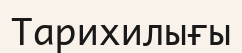
Тарихилығы